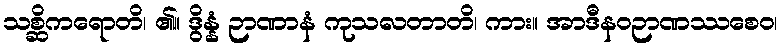
သစ္ဆိကရောတိ၊ ၏။ ဒွိန္နံ ဉာဏာနံ ကုသလတာတိ၊ ကား။ အာဒီနဝဉာဏဿစေဝ၊